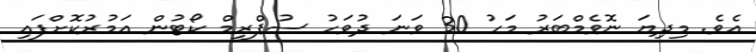
އެވެ. މިދިޔަ ނޮވެމްބަރު މަހު 30 ވަނަ ދުވަހު ސުޕްރީމް ކޯޓުން އަމުރުކޮށްފައި